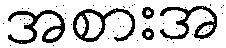
အစားအ